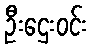
ဦးဌေးဝင်း